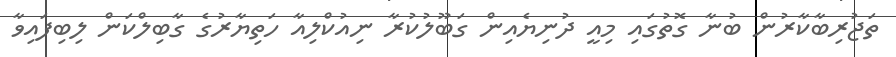
ތަޖުރިބާކާރުން ބުނާ ގޮތުގައި މިއީ ދުނިޔެއިން ގަބޫލުކުރާ ނިއުކްލިއާ ހަތިޔާރުގެ ގާބިލްކަން ލިބިފައިވާ